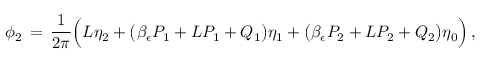
\phi _ { 2 } \, = \, \frac { 1 } { 2 \pi } \Bigl ( L \eta _ { 2 } + \bigl ( \beta _ { \epsilon } P _ { 1 } + L P _ { 1 } + Q _ { 1 } \bigr ) \eta _ { 1 } + \bigl ( \beta _ { \epsilon } P _ { 2 } + L P _ { 2 } + Q _ { 2 } \bigr ) \eta _ { 0 } \Bigr ) \, ,